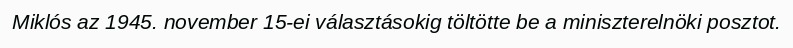
Miklós az 1945. november 15-ei választásokig töltötte be a miniszterelnöki posztot.